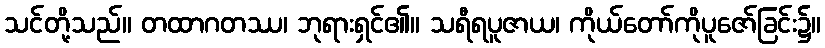
သင်တို့သည်။ တထာဂတဿ၊ ဘုရားရှင်၏။ သရီရပူဇာယ၊ ကိုယ်တော်ကိုပူဇော်ခြင်း၌။